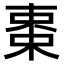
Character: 𬃅